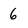
Character: 6